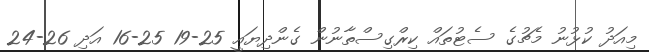
މިއަދު ކުޅުނު މެޗުގެ ސެޓުތައް ކިރްގިސްތާނުން ގެންދިޔައީ 25-19 25-16 އަދި 26-24